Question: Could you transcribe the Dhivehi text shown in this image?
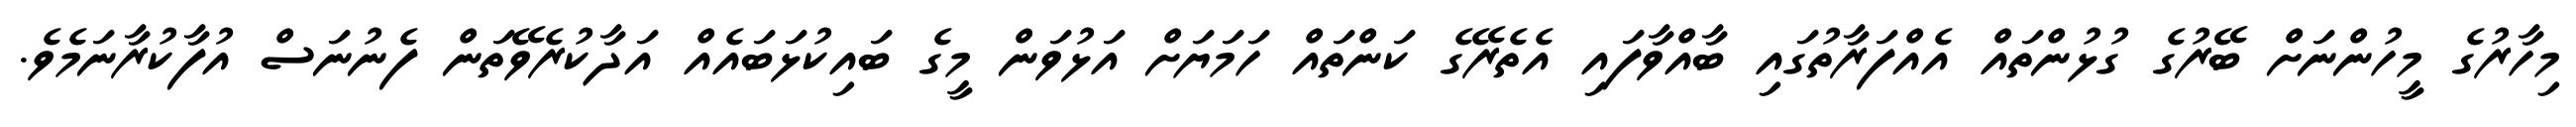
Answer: މިހާރުގެ މީހުންނަށް ބޭރުގެ ގުޅުންތައް އެއްފަރާތުގައި ބާއްވާފައި އެތެރޭގެ ކަންތައް ހަމަޔަށް އަޅުވަން މީގެ ބައިކުޅަބައެއް އަދާކުރެވޭތަން ފެނުނަސް އުފާކުރާނަމެވެ.